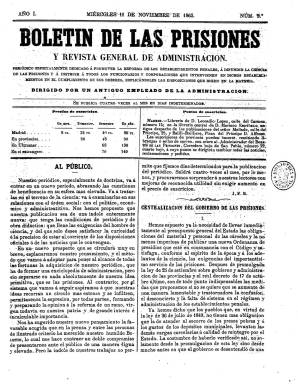
Título: Boletín de las prisiones y revista general de administración
Colección: Establecimientos penitenciarios
Ámbito geográfico: Madrid
Lugar de publicación: Madrid
Fechas: 11/11/1863-06/04/1864

Es ampliación del título Boletín de las prisiones, que había publicado cuatro entregas entre el uno y el 23 de octubre de 1863. Siguiendo la numeración y paginación consecutiva, adopta este título ampliado a partir de la entrega número cinco, correspondiente al 11 de noviembre de ese año. Se publica cuatro veces al mes, en entregas de ocho páginas, compuestas a dos columnas, saliendo del establecimiento tipográfico de J.A. Ortigosa (que aparece también como su editor responsable) y después de la imprenta de R. Campuzano.

Su propietario, director y más tarde también editor responsable es José Fernando Buitureira, que se dice “antiguo empleado de la Administración” en ese momento y es autor de los principales artículos doctrinales que se publican en el boletín, firmados con sus iniciales: J.F.B.

Bajo su cabecera indica que es un “periódico especialmente dedicado a promover la reforma de los establecimientos penales, a difundir la ciencia de las prisiones y a instruir a todos los funcionarios y corporaciones que intervienen en dichos establecimientos en el cumplimiento de sus deberes, explicándoles las disposiciones que rigen en la materia”. Su objetivo será por tanto, además de doctrinal, de carácter instructivo.

Junto a los artículos sobre la historia del sistema penitenciario y penal, la arquitectura de las cárceles o el trabajo de los penados, entre otros, en su sección Parte oficial, inserta legislación y normativa sobre estos asuntos. Ofrece también información sobre el movimiento de personal y en la sección Crónica criminal, noticias de sucesos tanto de Madrid como de provincias.

La colección de este título en la Biblioteca Nacional de España no es completa y acaba con la entrega número 13, correspondiente al seis de abril de 1864, siendo su última página la 112.